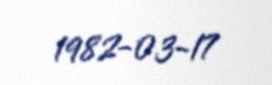
1982-03-17